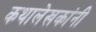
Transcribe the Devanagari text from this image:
कथालेखकांनी